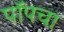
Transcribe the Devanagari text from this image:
पॉपचा